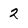
Character: 2